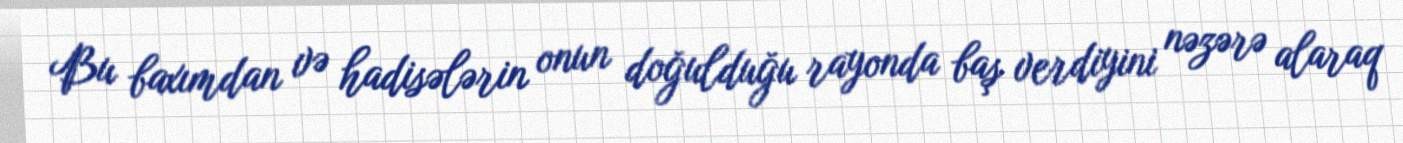
Bu baxımdan və hadisələrin onun doğulduğu rayonda baş verdiyini nəzərə alaraq